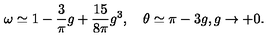
\omega \simeq 1 - \frac 3 \pi g + \frac { 1 5 } { 8 \pi } g ^ { 3 } , \quad \theta \simeq \pi - 3 g , g \to + 0 .